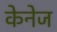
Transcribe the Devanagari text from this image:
केनेज